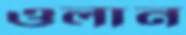
ওলান